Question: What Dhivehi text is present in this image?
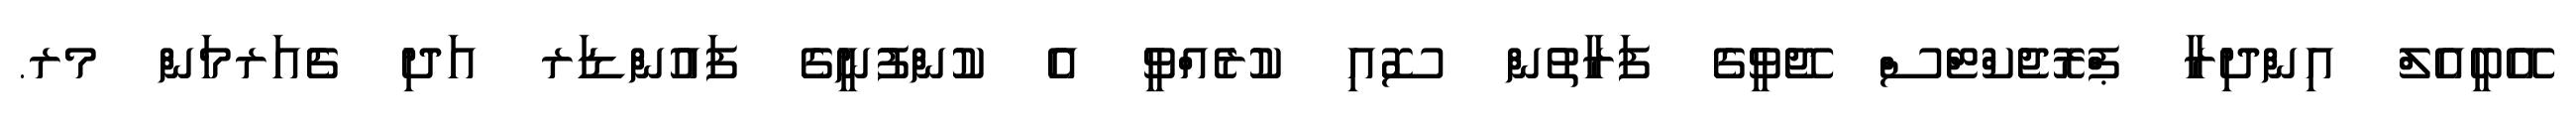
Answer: އޭބީއެލް އިންދިރާ ޕްރޮޖެކްޓްސް ޖޭވީގެ ފަރާތުން ސޮއި ކުރެއްވީ އެ ކުންފުނީގެ ފައުންޑަރ އަދި ޗެއަރމަން މރ.